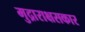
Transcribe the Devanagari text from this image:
मुद्राराक्षसकार